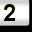
Digit: 2